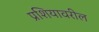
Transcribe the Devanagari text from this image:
प्रशियावरील